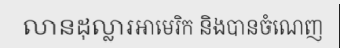
លានដុល្លារអាមេរិក និងបានចំណេញ